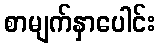
စာမျက်နှာပေါင်း